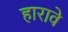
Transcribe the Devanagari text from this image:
हारावे